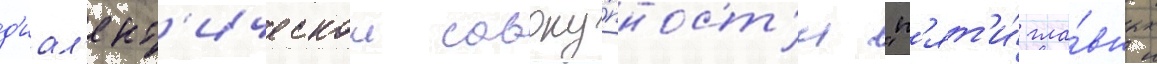
д'иал'ект'ическои совоку́пност'и "п'ят'и́ гла́вных